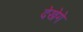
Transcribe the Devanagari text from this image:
देखेगे